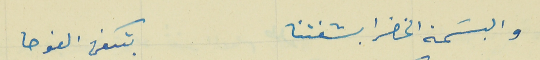
والبسَمة الخضرا بشفتنا                                بتكفى الفوحا